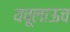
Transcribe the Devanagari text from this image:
यवूलाऊच